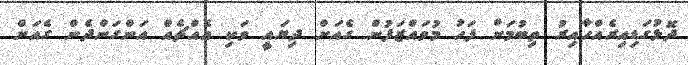
ދޮޅުގަޑިއިރެއްހާއިރު ތިބުމަށް ފަހު މުވައްޒަފުން ގެއަށް ދިޔައީ ވަކި އެއްޗެއް އަންގަންދެން ގެއަށް